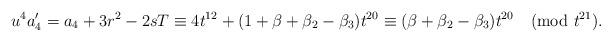
LaTeX: \begin{align*} u^4 a_4' = a_4 + 3r^2 - 2sT \equiv 4t^{12} + (1+ \beta + \beta_2 - \beta_3)t^{20} \equiv (\beta + \beta_2 - \beta_3)t^{20} \pmod{t^{21}}.\end{align*}